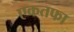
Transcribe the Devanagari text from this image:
एकतफा